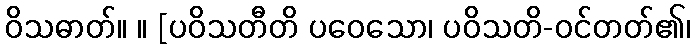
ဝိသဓာတ်။ ။ [ပဝိသတီတိ ပဝေသော၊ ပဝိသတိ-ဝင်တတ်၏၊